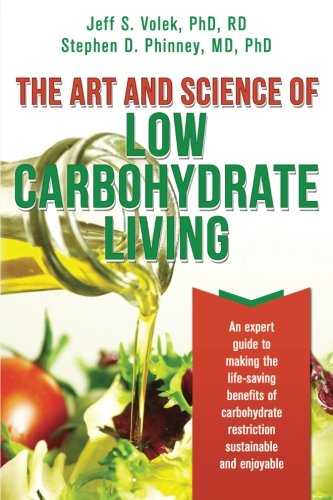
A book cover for The Art and Science of Low Carbohydrate Living: An Expert Guide to Making the Life-Saving Benefits of Carbohydrate Restriction Sustainable and Enjoyable; Stephen D. Phinney; Cookbooks, Food & Wine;